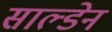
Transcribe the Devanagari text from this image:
साल्डेन